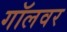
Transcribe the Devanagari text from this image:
गॉलवर